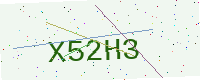
Text: X52H3